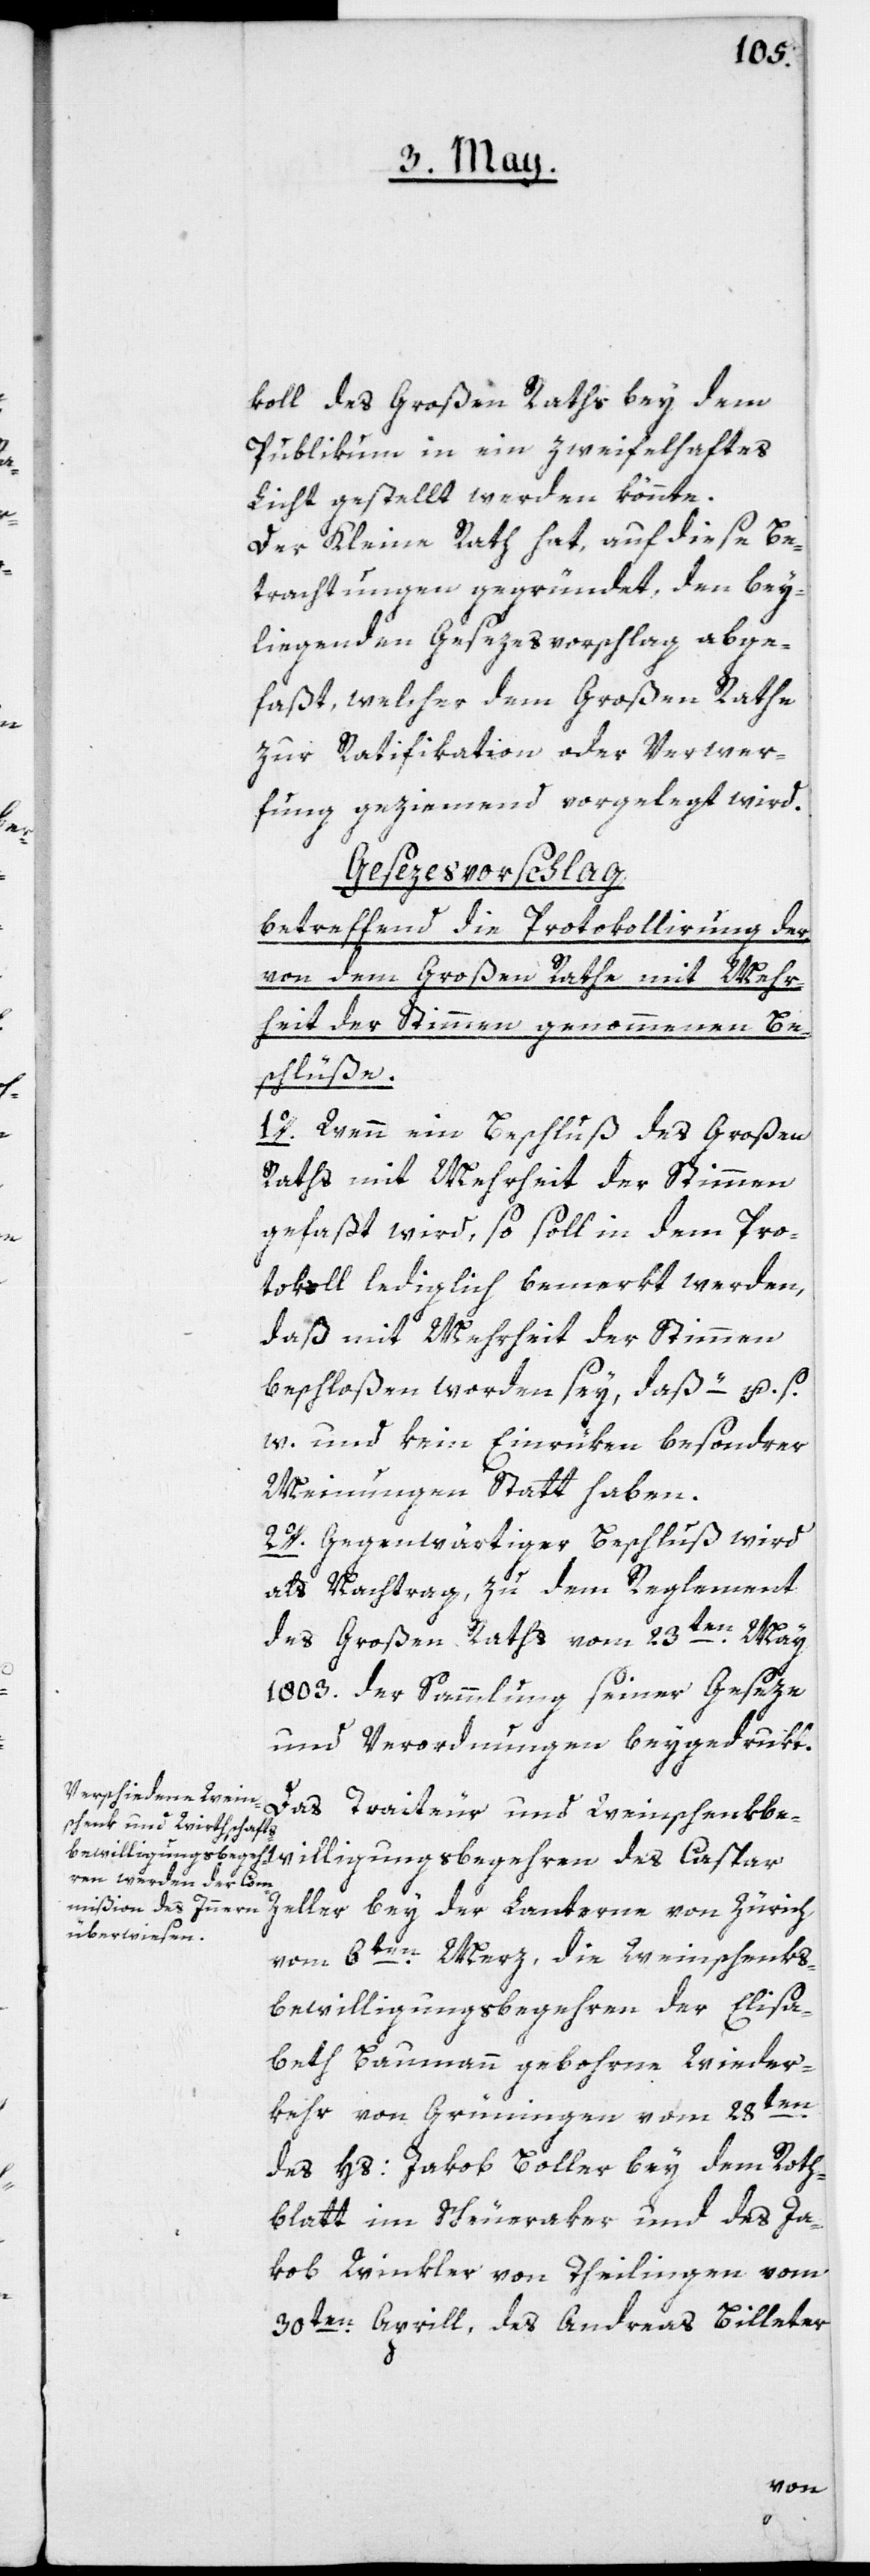
ar

koll des Großen Raths bey dem
Publikum in ein zweifelhaftes
Licht gestellt werden könnte.
Der kleine Rath hat, auf diese Be¬
trachtungen gegründet, den bey¬
liegenden Gesezesvorschlag abge¬
faßt, welcher dem Großen Rathe
zur Ratifikation oder Verwer¬
fung geziemend vorgelegt wird.
Gesezesvorschlag,
betreffend die Protokollirung der
von dem Großen Rathe mit Mehr¬
heit der Stimmen genommenen Be¬
schlüße.
1o. Wenn ein Beschluß des Großen
Raths mit Mehrheit der Stimmen
gefaßt wird, so soll in dem Pro¬
tokoll lediglich bemerkt werden,
daß mit Mehrheit der Stimmen
beschloßen worden sey, daß – u. s.
w. und kein Einrüken besonderer
Meinungen Statt haben.
2o. Gegenwärtiger Beschluß wird
als Nachtrag zu dem Reglement
des Großen Raths vom 23ten May
1803. der Sammlung seiner Geseze
und Verordnungen beygedrukt.
Das Traiteur[-] und Weinschenkb¬
Zeller bey der Lanterne von Zürich
vom 6ten Merz; die Weinschenks¬
bewilligungsbegehren der Elisa¬
beth Baumann, gebohrne Wieder¬
kehr, von Grüningen vom 28ten
des Hs: Jakob Boller bey dem Roth¬
blatt im Scheueraker und des Ja¬
kob Winkler von Theilingen vom
30ten Aprill, des Andreas Billeter